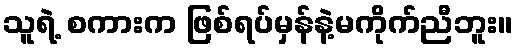
သူရဲ့ စကားက ဖြစ်ရပ်မှန်နဲ့မကိုက်ညီဘူး။